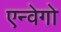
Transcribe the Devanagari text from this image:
एन्वेगो